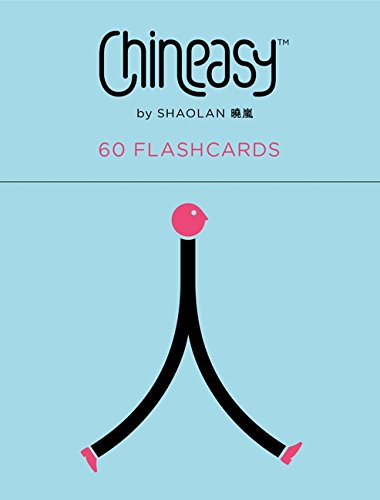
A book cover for Chineasy: 60 Flashcards: The New Way to Read Chinese; ShaoLan Hsueh; Reference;